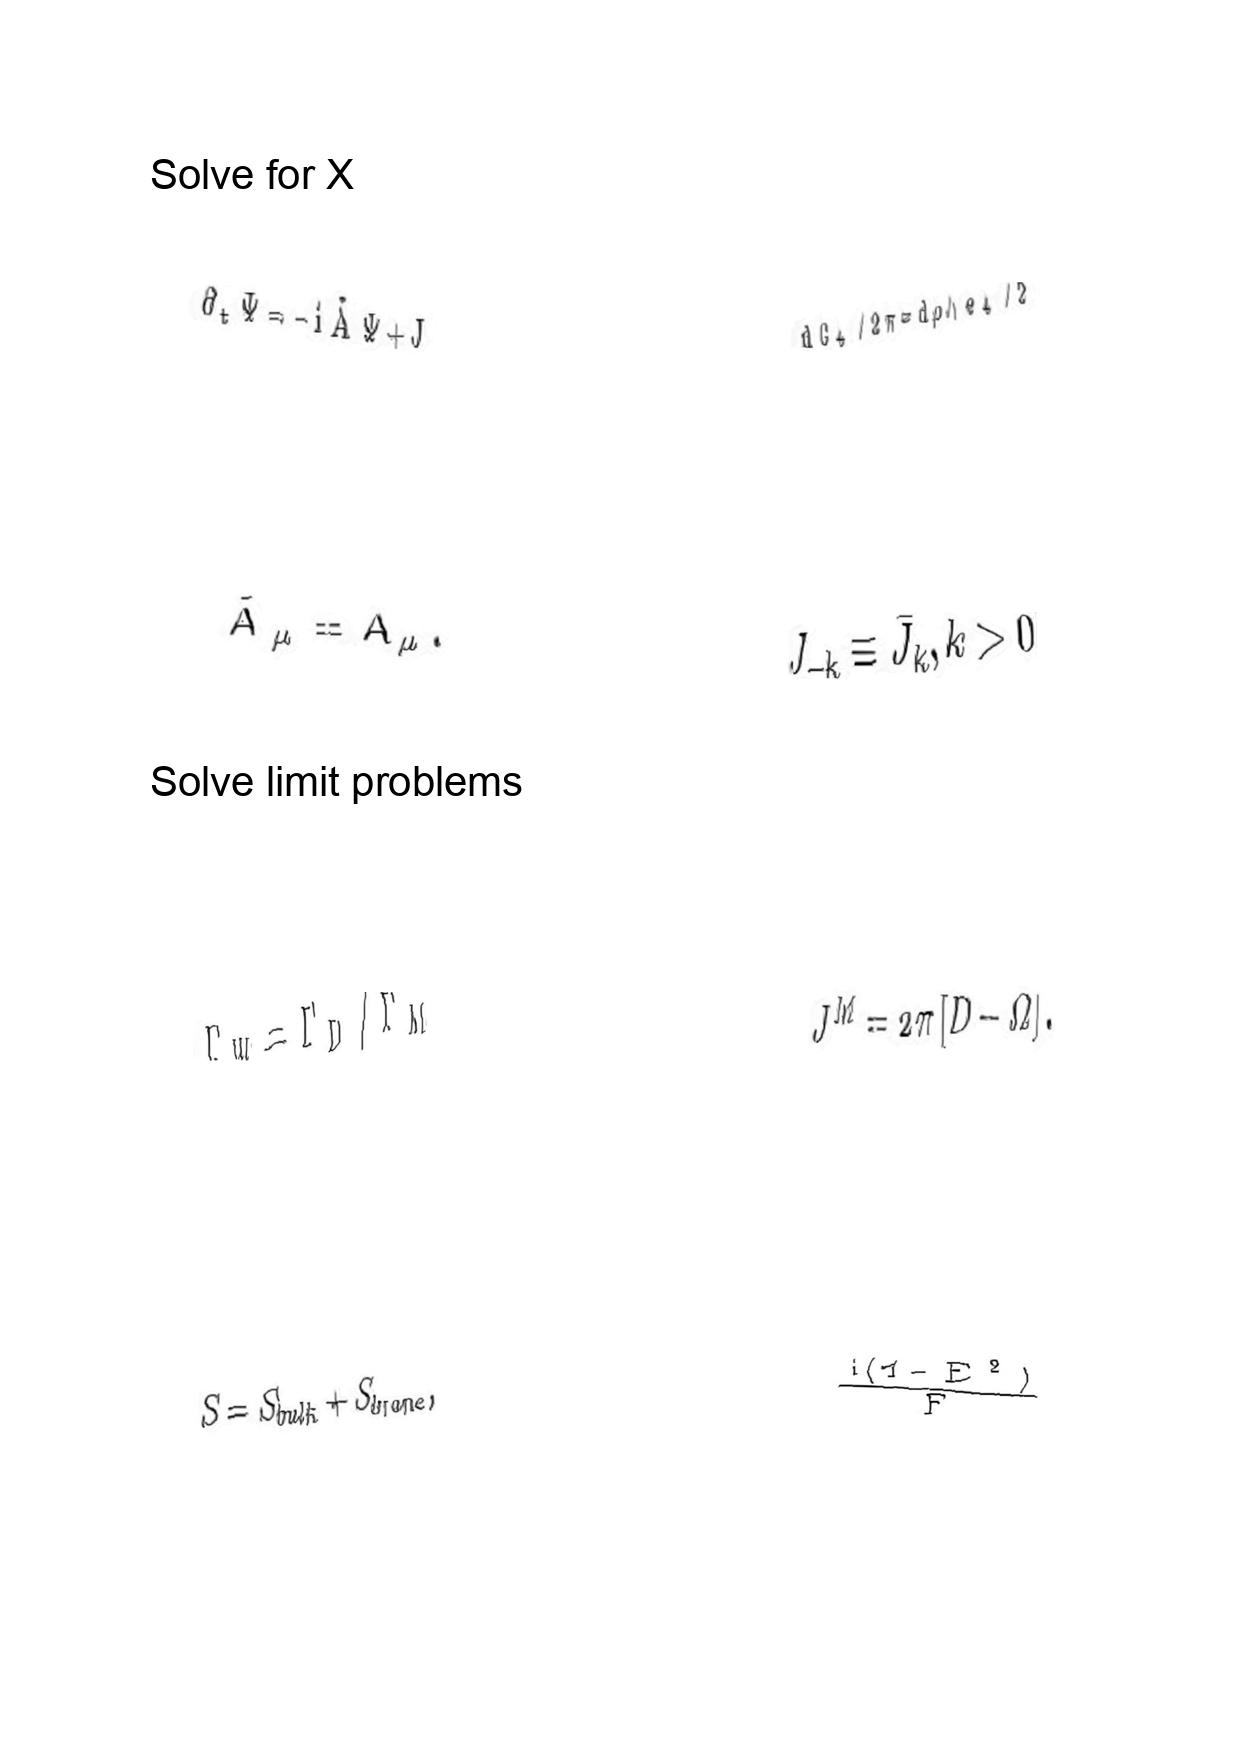
LaTeX transcription:
\partial _ { t } \Psi = - i \tilde { A } \Psi + J
\tilde { A } _ { \mu } = A _ { \mu } .
\Gamma _ { W } = \Gamma _ { D } / \Gamma _ { M }
S = S _ { b u l k } + S _ { b r a n e } ,
d G _ { 4 } / 2 \pi = d \rho \land e _ { 4 } / 2
J _ { - k } \equiv \bar { J } _ { k } , k \gt 0
J ^ { M } = 2 \pi \lbrack D - \Omega \rbrack .
\frac { i \lparen 1 - E ^ { 2 } \rparen } { F }